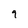
Character: 9